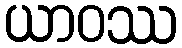
ယာဝဿ